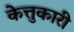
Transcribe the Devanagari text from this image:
केत्तुकारी